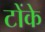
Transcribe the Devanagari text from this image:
टोंके